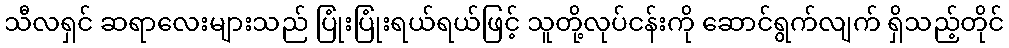
သီလရှင် ဆရာလေးများသည် ပြုံးပြုံးရယ်ရယ်ဖြင့် သူတို့လုပ်ငန်းကို ဆောင်ရွက်လျက် ရှိသည့်တိုင်